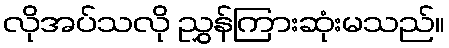
လိုအပ်သလို ညွှန်ကြားဆုံးမသည်။